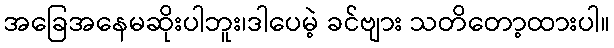
အခြေအနေမဆိုးပါဘူး၊ဒါပေမဲ့ ခင်ဗျား သတိတော့ထားပါ။